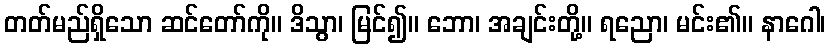
တတ်မည်ရှိသော ဆင်တော်ကို။ ဒိသွာ၊ မြင်၍။ ဘော၊ အချင်းတို့။ ရညော၊ မင်း၏။ နာဂေါ၊